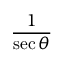
\frac { 1 } { \sec \theta }